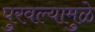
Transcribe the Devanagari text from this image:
पुरवल्यामुळे